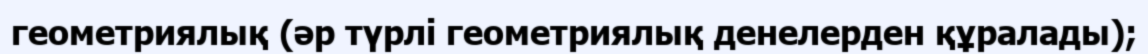
геометриялық (әр түрлі геометриялық денелерден құралады);